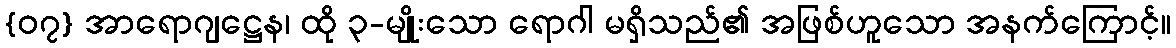
{၀၇} အာရောဂျဋ္ဌေန၊ ထို ၃-မျိုးသော ရောဂါ မရှိသည်၏ အဖြစ်ဟူသော အနက်ကြောင့်။